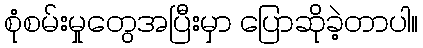
စုံစမ်းမှုတွေအပြီးမှာ ပြောဆိုခဲ့တာပါ။